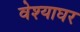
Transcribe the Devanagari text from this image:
वेश्याघर